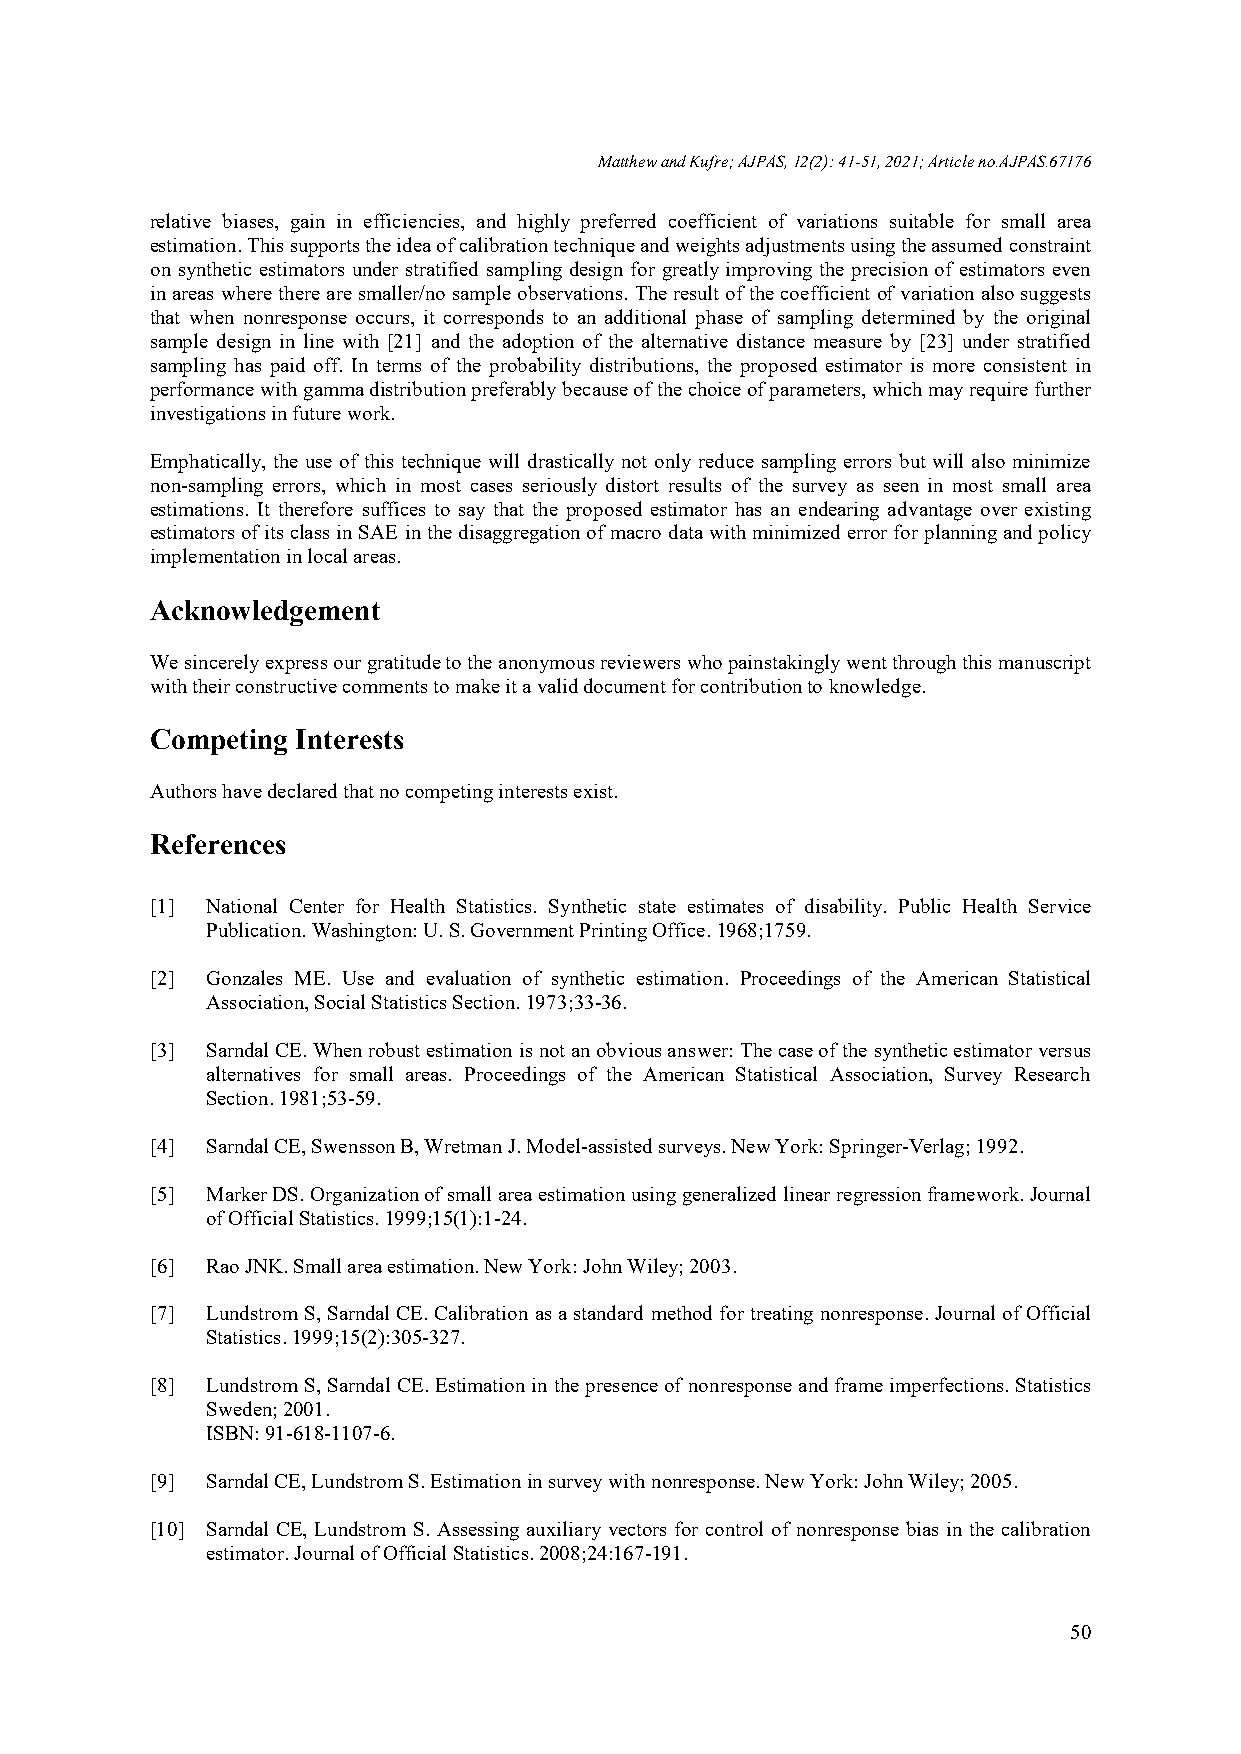
Matthew and Kufre; AJPAS, 12(2): 41-51, 2021; Article no.AJPAS.67176
 relative biases, gain in efficiencies, and highly preferred coefficient of variations suitable for small area
 estimation. This supports the idea of calibration technique and weights adjustments using the assumed constraint
 on synthetic estimators under stratified sampling design for greatly improving the precision of estimators even
 in areas where there are smaller/no sample observations. The result of the coefficient of variation also suggests
 that when nonresponse occurs, it corresponds to an additional phase of sampling determined by the original
 sample design in line with [21] and the adoption of the alternative distance measure by [23] under stratified
 sampling has paid off. In terms of the probability distributions, the proposed estimator is more consistent in
 performance with gamma distribution preferably because of the choice of parameters, which may require further
 investigations in future work.
 Emphatically, the use of this technique will drastically not only reduce sampling errors but will also minimize
 non-sampling errors, which in most cases seriously distort results of the survey as seen in most small area
 estimations. It therefore suffices to say that the proposed estimator has an endearing advantage over existing
 estimators of its class in SAE in the disaggregation of macro data with minimized error for planning and policy
 implementation in local areas.
 Acknowledgement
 We sincerely express our gratitude to the anonymous reviewers who painstakingly went through this manuscript
 with their constructive comments to make it a valid document for contribution to knowledge.
 Competing Interests
 Authors have declared that no competing interests exist.
 References
 [1] National Center for Health Statistics. Synthetic state estimates of disability. Public Health Service
 Publication. Washington: U. S. Government Printing Office. 1968;1759.
 [2] Gonzales ME. Use and evaluation of synthetic estimation. Proceedings of the American Statistical
 Association, Social Statistics Section. 1973;33-36.
 [3] Sarndal CE. When robust estimation is not an obvious answer: The case of the synthetic estimator versus
 alternatives for small areas. Proceedings of the American Statistical Association, Survey Research
 Section. 1981;53-59.
 [4] Sarndal CE, Swensson B, Wretman J. Model-assisted surveys. New York: Springer-Verlag; 1992.
 [5] Marker DS. Organization of small area estimation using generalized linear regression framework. Journal
 of Official Statistics. 1999;15(1):1-24.
 [6] Rao JNK. Small area estimation. New York: John Wiley; 2003.
 [7] Lundstrom S, Sarndal CE. Calibration as a standard method for treating nonresponse. Journal of Official
 Statistics. 1999;15(2):305-327.
 [8] Lundstrom S, Sarndal CE. Estimation in the presence of nonresponse and frame imperfections. Statistics
 Sweden; 2001.
 ISBN: 91-618-1107-6.
 [9] Sarndal CE, Lundstrom S. Estimation in survey with nonresponse. New York: John Wiley; 2005.
 [10] Sarndal CE, Lundstrom S. Assessing auxiliary vectors for control of nonresponse bias in the calibration
 estimator. Journal of Official Statistics. 2008;24:167-191.
 50